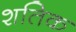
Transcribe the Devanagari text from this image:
शतिक